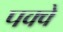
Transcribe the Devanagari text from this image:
पक्‍क्‍े